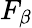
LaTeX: F_{\beta}